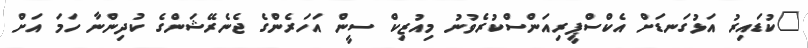
"ކުޑައިރު އަޅުގަނޑަށް އެކްސްޕީރިއަންސްކުރެވުނު މިއުޒިކް ސީން އަހަރެންގެ ޖެނެރޭޝަންގެ ކުދިންނާ ހަމަ އަށް